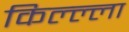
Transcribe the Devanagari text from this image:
किल्ल्ला